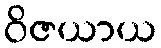
ဝိဇယာယ